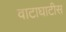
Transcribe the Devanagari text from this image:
वाटाघाटीस